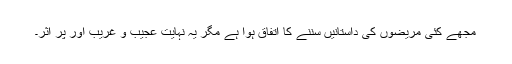
مجھے کئی مریضوں کی داستانیں سننے کا اتفاق ہوا ہے مگر یہ نہایت عجیب و غریب اور پر اثر۔